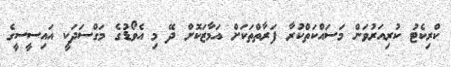
ކްރިކެޓު ކުރިއަރުވަން މަސައްކަތްކުރާ ފަރާތްތަކަށް އަމާޒަކޮށް ދޭ މި އެވޯޑުގެ މަގްސަދަކީ އައިސީސީގެ